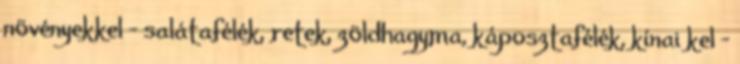
növényekkel - salátafélék, retek, zöldhagyma, káposztafélék, kínai kel -